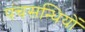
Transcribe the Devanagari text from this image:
पंचसन्धियों